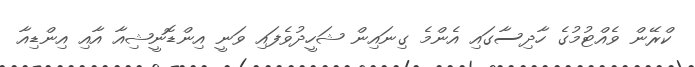
ކްރޭން ވެއްޓުމުގެ ހާދިސާގައި އެންމެ ގިނައިން ޝަހީދުވެފައި ވަނީ އިންޑޮނީޝިއާ އާއި އިންޑިއާ